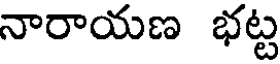
నారాయణ భట్ట